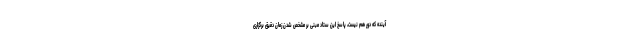
آینده که دور هم نیست، پاسخ این ستاد مبنی بر مشخص شدن زمان دقیق برگزاری